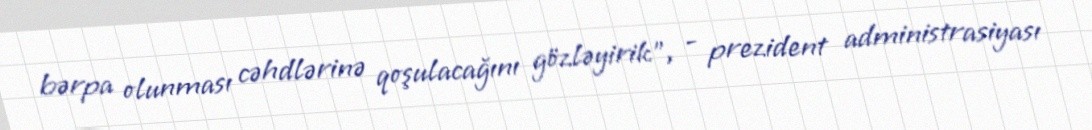
bərpa olunması cəhdlərinə qoşulacağını gözləyirik”, - prezident administrasiyası